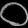
Digit: ၀